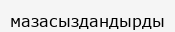
мазасыздандырды